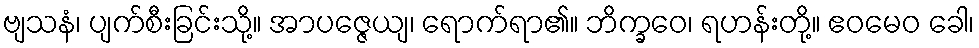
ဗျသနံ၊ ပျက်စီးခြင်းသို့။ အာပဇ္ဇေယျ၊ ရောက်ရာ၏။ ဘိက္ခဝေ၊ ရဟန်းတို့။ ဧဝမေဝ ခေါ၊